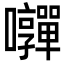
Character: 𭍄